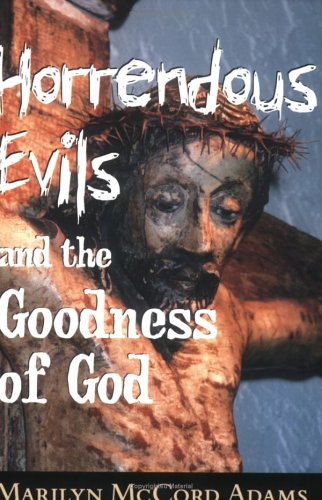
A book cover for Horrendous Evils and the Goodness of God (Cornell Studies in the Philosophy of Religion); Marilyn McCord Adams; Politics & Social Sciences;